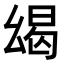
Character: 㡫